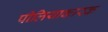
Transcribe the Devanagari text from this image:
पीलियाकारक